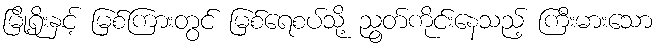
မြို့ရိုးနှင့် မြစ်ကြားတွင် မြစ်ရေစပ်သို့ ညွတ်ကိုင်းနေသည့် ကြီးမားသော